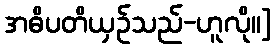
အဓိပတိယှဉ်သည်-ဟူလို။]